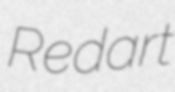
Redart